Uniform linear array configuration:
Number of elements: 64
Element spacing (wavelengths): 0.5
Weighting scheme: hann
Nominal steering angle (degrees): -45
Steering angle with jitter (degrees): -46.793
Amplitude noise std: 0.05
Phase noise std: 0.05

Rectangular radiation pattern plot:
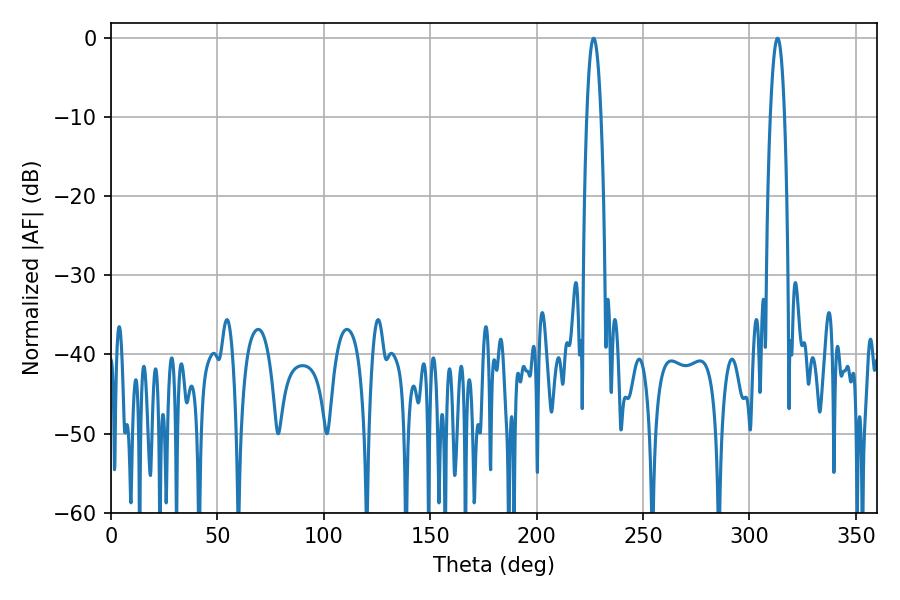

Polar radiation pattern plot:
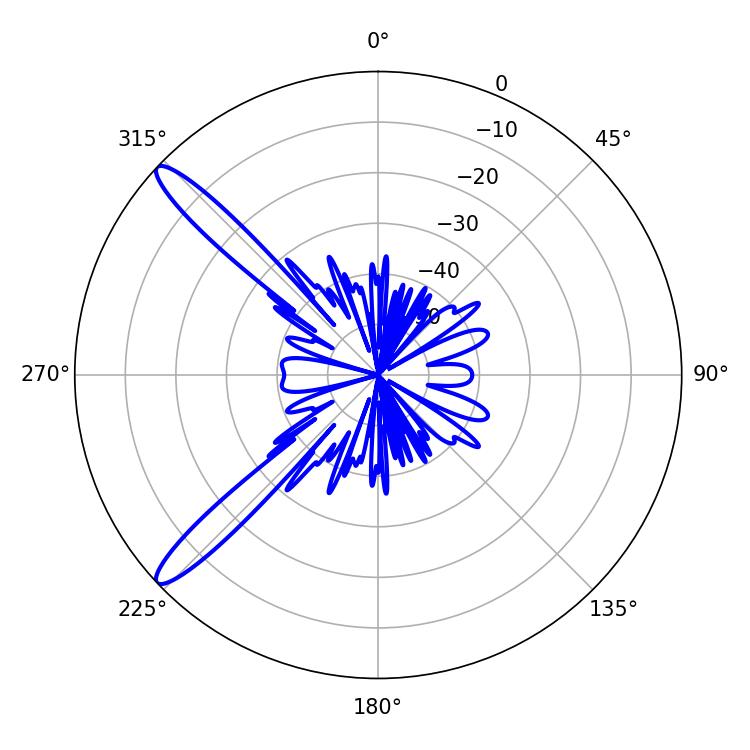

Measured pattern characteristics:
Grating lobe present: FALSE
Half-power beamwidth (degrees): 3.6
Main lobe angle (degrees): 226.8